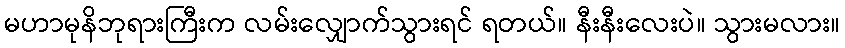
မဟာမုနိဘုရားကြီးက လမ်းလျှောက်သွားရင် ရတယ်။ နီးနီးလေးပဲ။ သွားမလား။